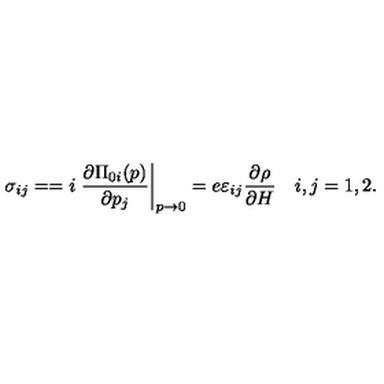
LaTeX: \sigma _ { i j } = = i \left. \frac { \partial \Pi _ { 0 i } ( p ) } { \partial p _ { j } } \right| _ { p \rightarrow 0 } = e \varepsilon _ { i j } \frac { \partial \rho } { \partial H } \quad i , j = 1 , 2 .